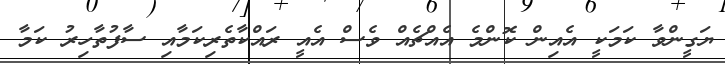
ޔަގީންވާ ކަމަކީ އެއިން ކޮންމެ އެއްޗެއް ވެސް އެއީ ރައްކާތެރިކަމާއި ސާފުތާހިރު ކަމާ